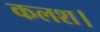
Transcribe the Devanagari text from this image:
कलश।